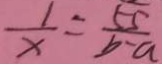
\frac { 1 } { x } = \frac { 5 5 } { b - a }